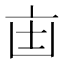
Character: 𫡺